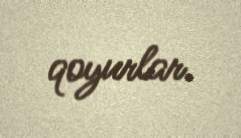
qoyurlar.